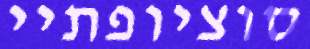
סוציופתיי